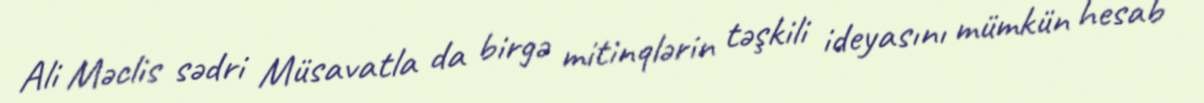
Ali Məclis sədri Müsavatla da birgə mitinqlərin təşkili ideyasını mümkün hesab